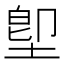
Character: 堲